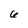
Character: 6